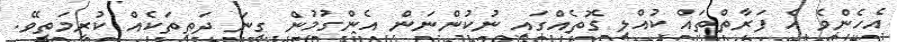
އެހެންވެ އެ ފަރާތްތައް ކުއްލި ގޮތެއްގައި ނުކުންނަން އެންގުމުން ގިނަ ދަތިތަކެއް ކުރިމަތިވޭ.